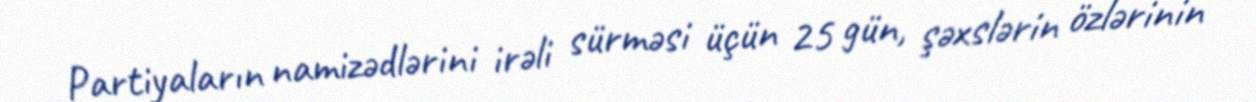
Partiyaların namizədlərini irəli sürməsi üçün 25 gün, şəxslərin özlərinin